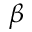
\beta